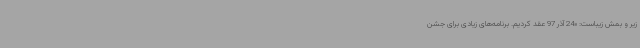
زیر و بمش زیباست: «24 آذر 97 عقد کردیم. برنامه‌های زیادی برای جشن